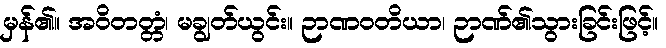
မှန်၏။ အဝိတတ္တံ၊ မချွတ်ယွင်း။ ဉာဏဝတိယာ၊ ဉာဏ်၏သွားခြင်းဖြင့်။